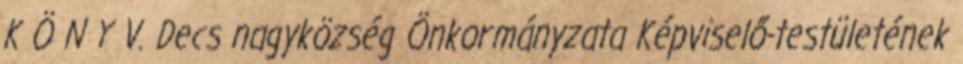
K Ö N Y V. Decs nagyközség Önkormányzata Képviselő-testületének